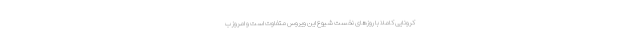
کرونایی کاملاً با روزهای نخست شیوع این ویروس متفاوت است و امروز ب